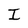
Character: I